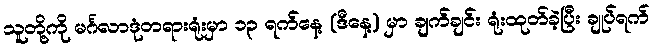
သူတို့ကို မင်္ဂလာဒုံတရားရုံးမှာ ၁၃ ရက်နေ့ (ဒီနေ့) မှာ ချက်ချင်း ရုံးထုတ်ခဲ့ပြီး ချုပ်ရက်